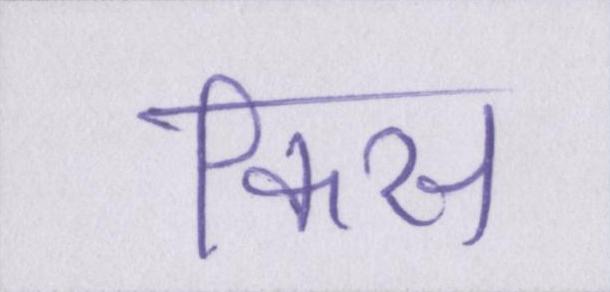
किस